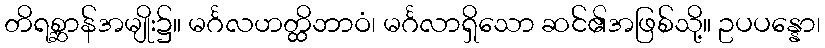
တိရစ္ဆာန်အမျိုး၌။ မင်္ဂလဟတ္ထိဘာဝံ၊ မင်္ဂလာရှိသော ဆင်၏အဖြစ်သို့။ ဥပပန္နော၊